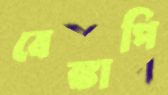
বেঙ্কাপি